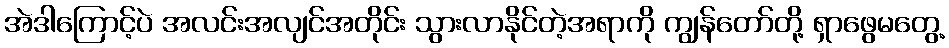
အဲဒါကြောင့်ပဲ အလင်းအလျင်အတိုင်း သွားလာနိုင်တဲ့အရာကို ကျွန်တော်တို့ ရှာဖွေမတွေ့